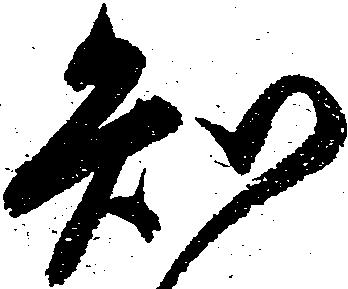
知